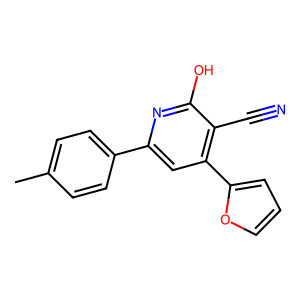
SMILES: Cc1ccc(-c2cc(-c3ccco3)c(C#N)c(O)n2)cc1
Inhibits HIV replication: No